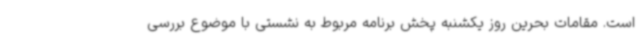
است. مقامات بحرین روز یکشنبه پخش برنامه مربوط به نشستی با موضوع بررسی